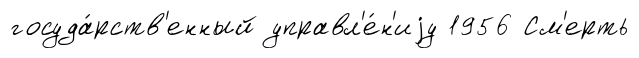
госуда́рств'енный управл'е́н'иjу 1956 См'ерть